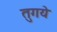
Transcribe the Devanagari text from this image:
तुगये